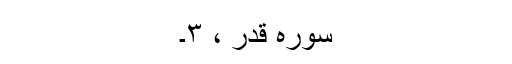
سورہ قدر ، ۳۔